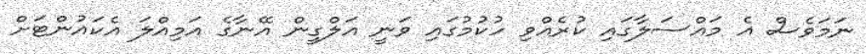
ނަމަވެސް އެ މައްސަލާގައި ކުރެއްވި ހުކުމުގައި ވަނީ އަލްގީން އޭނާގެ އަމިއްލަ އެކައުންޓަށް